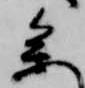
参